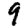
Digit: 9